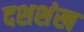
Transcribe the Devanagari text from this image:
दशशंख